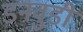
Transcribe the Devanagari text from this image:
डनवुडी